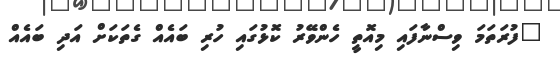
"ފުރަތަމަ ވިސްނާފައި މިއޮތީ ހެންވޭރު ކޮޅުގައި ހުރި ބައެއް ގެތަކަށް އަދި ބައެއް